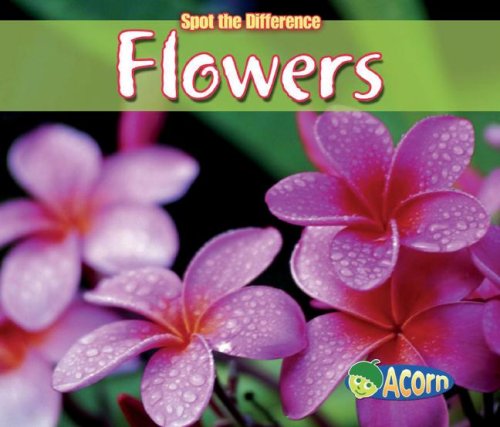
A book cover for Flowers (Spot the Difference: Plants); Charlotte Guillain; Children's Books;